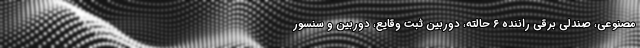
مصنوعی، صندلی برقی راننده ۶ حالته، دوربین ثبت وقایع، دوربین و سنسور